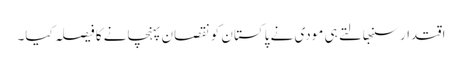
اقتدار سنبھالتے ہی مودی نے پاکستان کو نقصان پہنچانے کا فیصلہ کیا۔